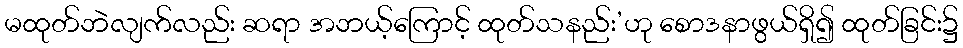
မထုတ်ဘဲလျက်လည်း ဆရာ အဘယ့်ကြောင့် ထုတ်သနည်း’ဟု စောဒနာဖွယ်ရှိ၍ ထုတ်ခြင်း၌